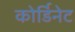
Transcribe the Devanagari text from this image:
कोर्डिनेट